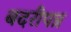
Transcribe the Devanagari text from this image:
बदरीपत्र